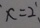
x = 2